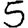
Digit: 5